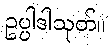
ဥပ္ပါဒါသုတ်။